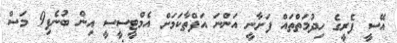
އޭސީ ފެރީގެ ހިދުމަތްތައް ފަށާނީ އަންނަ އަފްތާކަމަށް އެމްޓީސީސީ އިން ބުނެފި9 މަސް